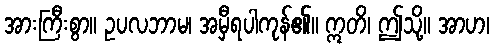
အားကြီးစွာ။ ဥပလဘာမ၊ အမှီရပါကုန်၏။ ဣတိ၊ ဤသို့။ အာဟ၊